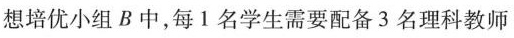
想培优小组B中，每1名学生需要配备3名理科教师